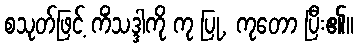
စသုတ်ဖြင့် ကိံသဒ္ဒါကို ကု ပြု, ကုတော ပြီး၏။